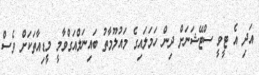
އަދި އެ ޓީވީ ސްޓޭޝަނަށް ދިން ހަމަލައިގެ މައުލޫމާތު ބައިނަލްއަގްވާމީ މީޑިއާތަކަށް ވެސް